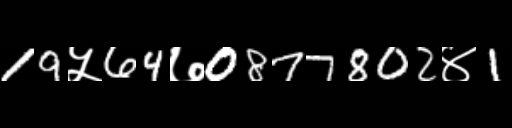
Text: 19५64७0877802४1